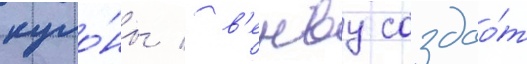
куло́ны / в'енву создао́т